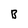
Character: B